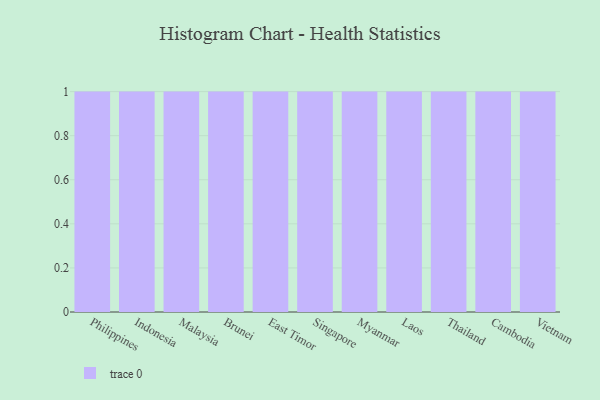
{"axis": {"x": "Country", "y": "Net Income (USD K)"}, "legend": [""], "data": [{"x": "Philippines", "y": 75, "type": ""}, {"x": "Indonesia", "y": 62, "type": ""}, {"x": "Malaysia", "y": 50, "type": ""}, {"x": "Brunei", "y": 47, "type": ""}, {"x": "East Timor", "y": 37, "type": ""}, {"x": "Singapore", "y": 50, "type": ""}, {"x": "Myanmar", "y": 12, "type": ""}, {"x": "Laos", "y": 89, "type": ""}, {"x": "Thailand", "y": 33, "type": ""}, {"x": "Cambodia", "y": 54, "type": ""}, {"x": "Vietnam", "y": 7, "type": ""}]}